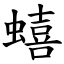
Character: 蟢